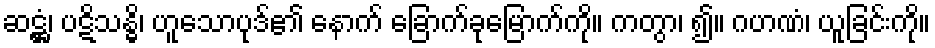
ဆဋ္ဌံ၊ ပဋိသန္ဓိ၊ ဟူသောပုဒ်၏ နောက် ခြောက်ခုမြောက်ကို။ ကတွာ၊ ၍။ ဂဟဏံ၊ ယူခြင်းကို။